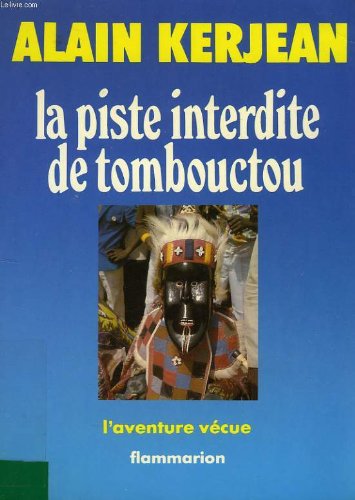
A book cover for La piste interdite de Tombouctou (L'Aventure vecue) (French Edition); Alain Kerjean; Travel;